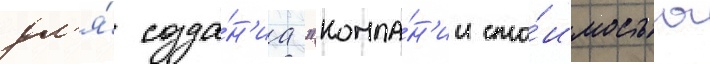
дл'я́ созда́н'иа "компа́н'ии сто́имостью